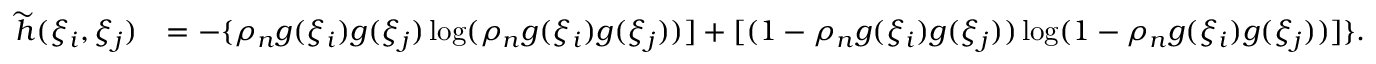
\begin{array} { r l } { \widetilde { h } ( \xi _ { i } , \xi _ { j } ) } & { = - \{ \rho _ { n } { g } ( \xi _ { i } ) { g } ( \xi _ { j } ) \log ( { \rho } _ { n } { g } ( \xi _ { i } ) { g } ( \xi _ { j } ) ) ] + [ ( 1 - { \rho } _ { n } { g } ( \xi _ { i } ) { g } ( \xi _ { j } ) ) \log ( 1 - { \rho } _ { n } { g } ( \xi _ { i } ) { g } ( \xi _ { j } ) ) ] \} . } \end{array}